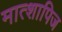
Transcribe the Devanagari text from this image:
मात्शापिज